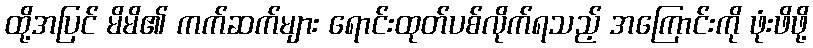
ထို့အပြင် မိမိ၏ ကက်ဆက်များ ရောင်းထုတ်ပစ်လိုက်ရသည့် အကြောင်းကို ဖုံးဖိဖို့